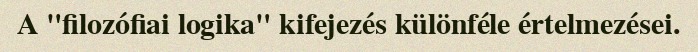
A "filozófiai logika" kifejezés különféle értelmezései.